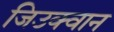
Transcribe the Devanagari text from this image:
जिउक्वान